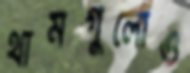
থামগুলোও